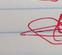
Signature authenticity: genuine